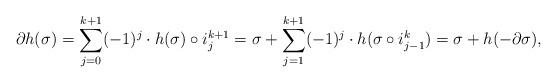
LaTeX: \begin{align*}\partial h ( \sigma ) = \sum_{j=0}^{k+1} (-1)^j \cdot h ( \sigma ) \circ i_j^{k+1} = \sigma + \sum_{j=1}^{k+1} (-1)^j \cdot h ( \sigma \circ i_{j-1}^{k} )= \sigma + h ( - \partial \sigma ),\end{align*}